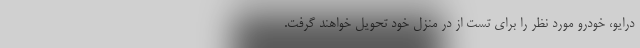
درایو، خودرو مورد نظر را برای تست از در منزل خود تحویل خواهند گرفت.